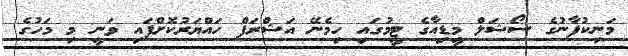
މަނިކުފާނުގެ ސޯޝަލް މީޑިއާގެ ޓީމުގައި ހިމެނޭ އަޝްރަފް ހައްޔަރުކޮށްފައި ވަނީ މި މަހުގެ